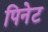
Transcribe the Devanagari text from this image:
पिनेट